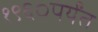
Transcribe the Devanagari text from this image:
१९६०पर्यंत